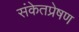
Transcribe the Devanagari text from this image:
संकेतप्रेषण